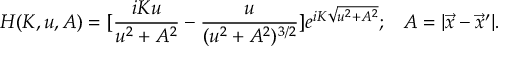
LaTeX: H ( K , u , A ) = [ \frac { i K u } { u ^ { 2 } + A ^ { 2 } } - \frac { u } { ( u ^ { 2 } + A ^ { 2 } ) ^ { 3 / 2 } } ] e ^ { i K \sqrt { u ^ { 2 } + A ^ { 2 } } } ; \; \; \; A = | \vec { x } - \vec { x } ^ { \prime } | .